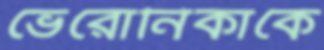
ভেরোনিকাকে